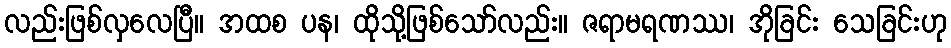
လည်းဖြစ်လှလေပြီ။ အထစ ပန၊ ထိုသို့ဖြစ်သော်လည်း။ ဇရာမရဏဿ၊ အိုခြင်း သေခြင်းဟု